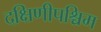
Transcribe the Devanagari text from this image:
दक्षिणीपश्चिम